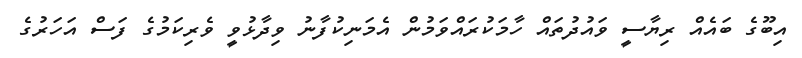
އިބޫގެ ބައެއް ރިޔާސީ ވައުދުތައް ހާމަކުރައްވަމުން އެމަނިކުފާނު ވިދާޅުވީ ވެރިކަމުގެ ފަސް އަހަރުގެ